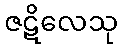
ဇဋိလေသု